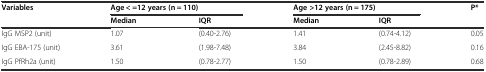
<table><thead><tr><td rowspan="2"><b>Variables</b></td><td colspan="2"><b>Age &lt; =12 years (n = 110)</b></td><td colspan="2"><b>Age &gt;12 years (n = 175)</b></td><td rowspan="2"><b>P*</b></td></tr><tr><td><b>Median</b></td><td><b>IQR</b></td><td><b>Median</b></td><td><b>IQR</b></td></tr></thead><tbody><tr><td>IgG MSP2 (unit)</td><td>1.07</td><td>(0.40-2.76)</td><td>1.41</td><td>(0.74-4.12)</td><td>0.05</td></tr><tr><td>IgG EBA-175 (unit)</td><td>3.61</td><td>(1.98-7.48)</td><td>3.84</td><td>(2.45-8.82)</td><td>0.16</td></tr><tr><td>IgG PfRh2a (unit)</td><td>1.50</td><td>(0.78-2.77)</td><td>1.50</td><td>(0.78-2.89)</td><td>0.68</td></tr></tbody></table>